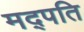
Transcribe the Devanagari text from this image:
मद्पति